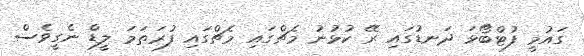
ގައުމީ ފުޓްބޯޅަ ދަނޑުގައި ރޭ ކުޅުނު މެޗްގައި މެޗްގައި ފުރަތަމަ ލީޑް ނެގީވެސް